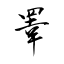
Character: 睾